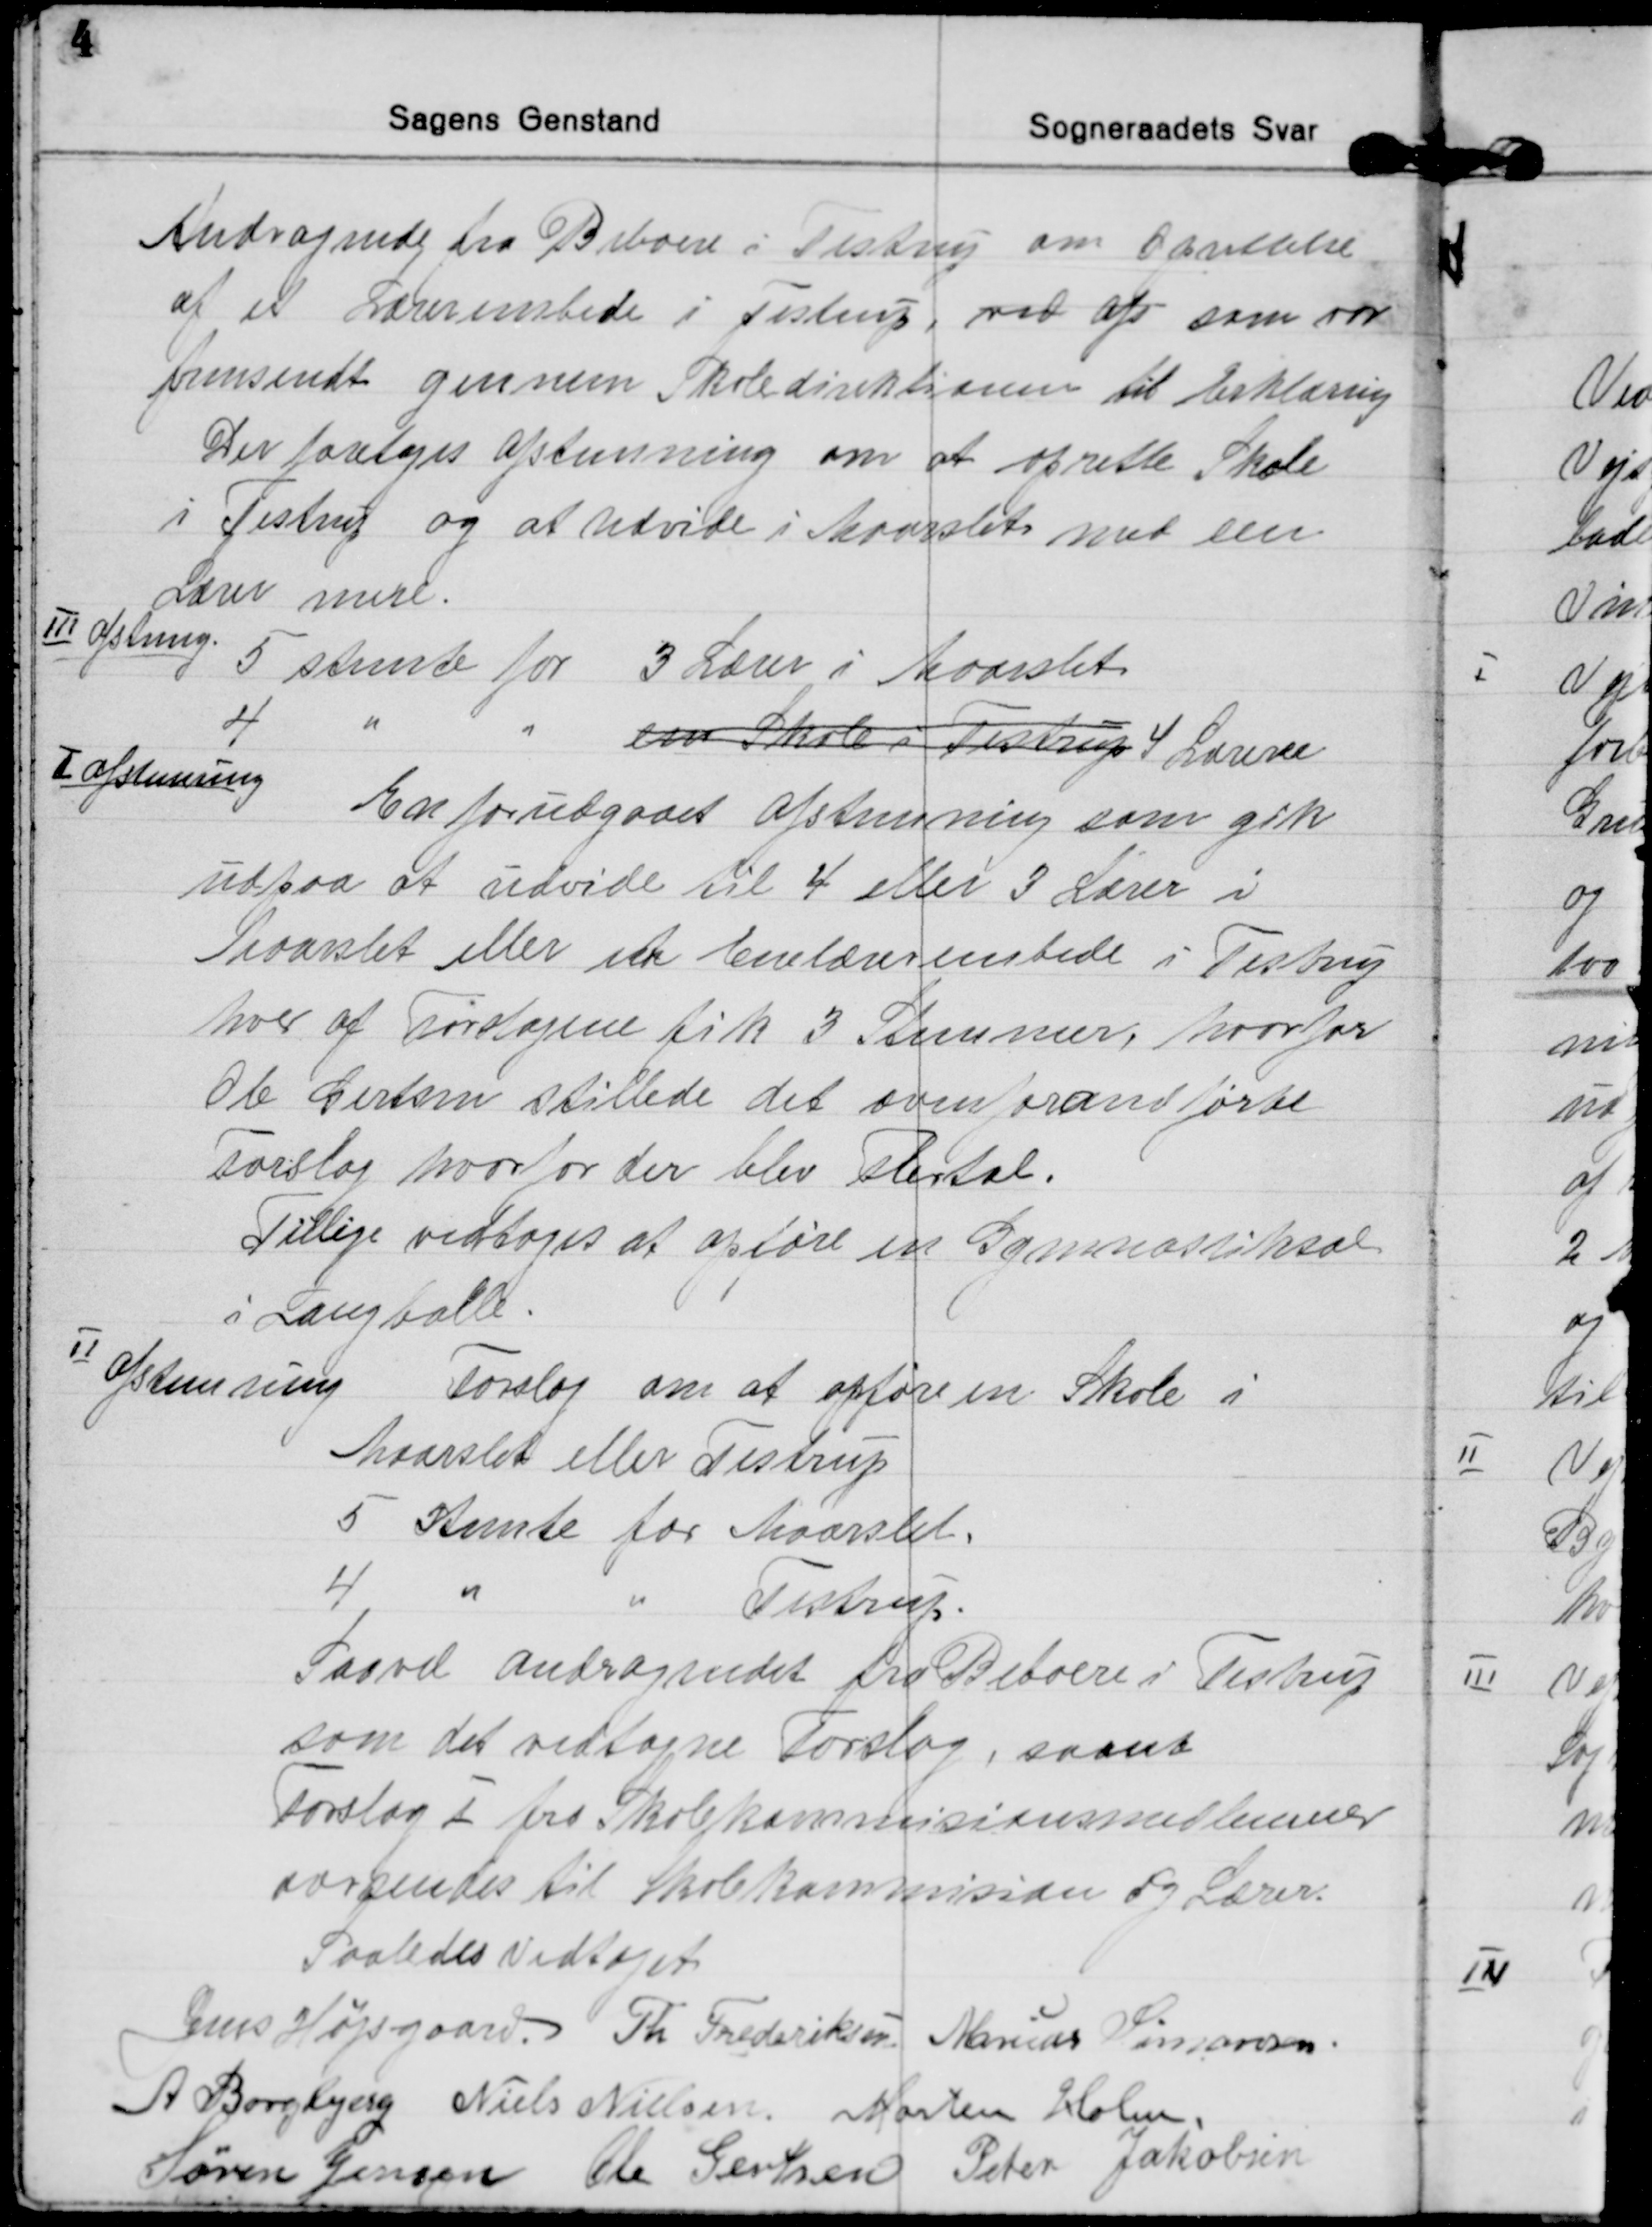
Transskription:
Andragende fra Beboere i Testrup om Oprettelse
af et Lærerembede i Testrup, ved afs som var
fremsendt gennem Skoledirektionen til Erklæring
Der foretoges Afstemning om at oprette Skole
i Testrup og at udvide i Maarslet med een
Lærer mere.
Ⅲ Afstemning.
5 stemte for 3 Lærer i Maarslet
4 
een Skole i Testrup 4 Lærere
Ⅰ Afstemning
En forudgaaet Afstemning som gik
udpaa at udvide til 4 eller 3 Lærer i
Maarslet eller et Enelærerembede i Testrup
hver af Forslagene fik 3 Stemmer, hvorfor
Ole Gertsen stillede det ovenforandførte
Forslag hvorfor der blev Flertal.
Tillige vedtoges at opføre en Gymnastiksal
i Langballe
Ⅱ Afstemning
Forslag om at opføre en Skole i
Maarslet eller Testrup
5 Stemte for Maarslet.
4 
Testrup.
Saavel Andragendet fra Beboere i Testrup
som det vedtagne Forslag, samt
Forslag I fra Skolekommisionsmedlemmer
oversendes til Skolekommision og Lærer.
Saaledes vedtaget
Jens Højsgaard. Th Frederiksen Marius Simonsen
A Borgbjerg Niels Nielsen Morten Holm
Søren Jensen Ole Gertsen
Peter Jakobsen